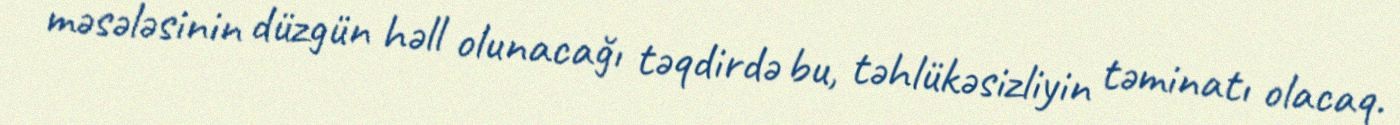
məsələsinin düzgün həll olunacağı təqdirdə bu, təhlükəsizliyin təminatı olacaq.